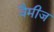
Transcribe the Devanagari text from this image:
वैमीज